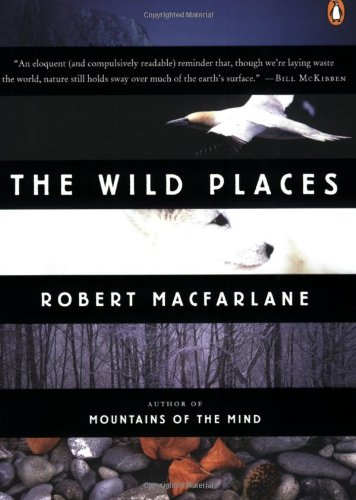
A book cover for The Wild Places; Robert Macfarlane; Science & Math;